画像に写った文字を読んでください
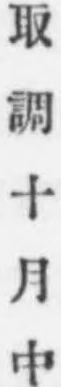
「取調十月中」と書いてあります